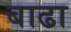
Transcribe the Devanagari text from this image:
बाढा